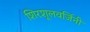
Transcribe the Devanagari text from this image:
शिरशूलवर्जिनी